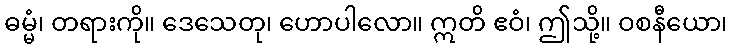
ဓမ္မံ၊ တရားကို။ ဒေသေတု၊ ဟောပါလော။ ဣတိ ဧဝံ၊ ဤသို့။ ဝစနီယော၊